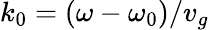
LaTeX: k_{0}=(\omega-\omega_{0})/v_{g}